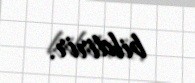
bildirir.